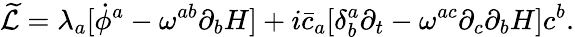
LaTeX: {\widetilde{\cal L}}=\lambda_{a}[{\dot{\phi}}^{a}-\omega^{ab}\partial_{b}H]+i{\bar{c}}_{a}[\delta_{b}^{a}\partial_{t}-\omega^{ac}\partial_{c}\partial_{b}H]c^{b}.